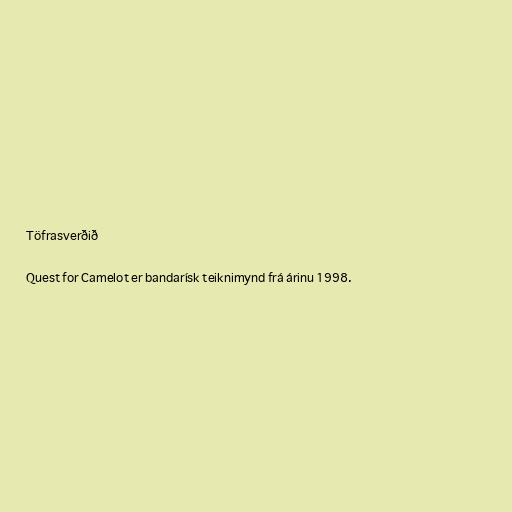
Töfrasverðið

Quest for Camelot er bandarísk teiknimynd frá árinu 1998.